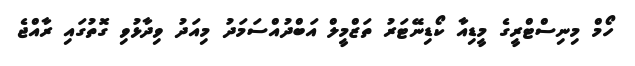
ހޯމް މިނިސްޓްރީގެ މީޑިއާ ކޯޑިނޭޓަރު ތަޒްމީލް އަބްދުއްސަމަދު މިއަދު ވިދާޅުވި ގޮތުގައި ރާއްޖެ